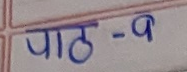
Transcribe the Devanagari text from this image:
पाठ - ९